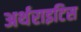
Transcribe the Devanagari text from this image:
अर्थराइटिस